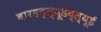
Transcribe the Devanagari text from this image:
बारडब्ल्यूडब्ल्यूई